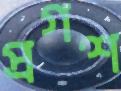
প্রগশ